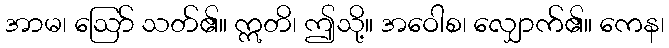
အာမ၊ ဩော် သတ်၏။ ဣတိ၊ ဤသို့။ အဝေါစ၊ လျှောက်၏။ ကေန၊